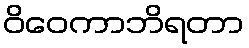
ဝိဝေကာဘိရတာ